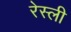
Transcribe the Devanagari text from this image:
रेस्ली